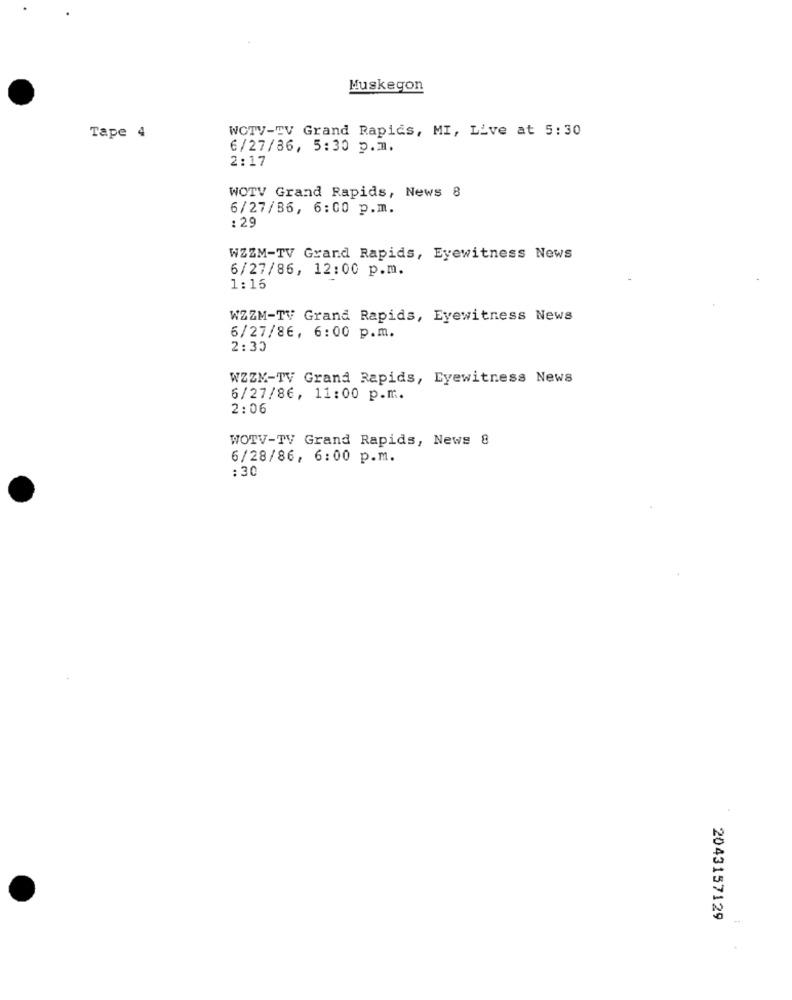
Muskegon
WOTV-TV Grand Rapids, MI, Live at 5:30
Tape 4
6/27/86, 5:30 p.m.
2:17
WOTV Grand Rapids, News 8
6/27/86, 6:00 p.m.
: 29
WZZM-TV Grand Rapids, Eyewitness News
6/27/86, 12:00 p.m.
1:15
WZZM-TV Grand Rapids, Eyewitness News
6/27/86, 6:00 p.m.
2:30
WZZN-TV Grand Rapids, Eyewitness News
6/27/86, 11:00 p.m.
2:06
WOTV-TV Grand Rapids, News 8
6/28/86, 6:00 p.m.
: 30
2043157129